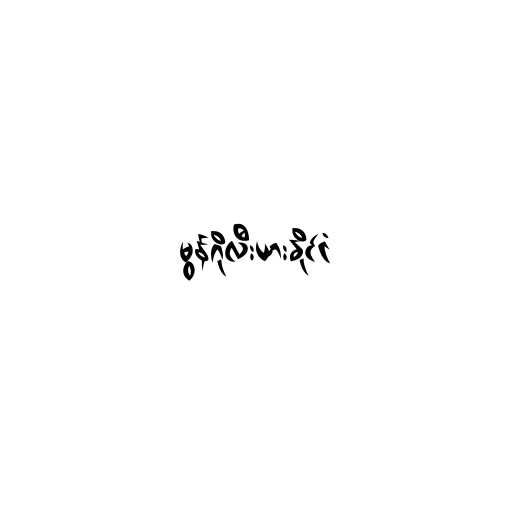
မွန်ဂိုလီးယားနိုင်ငံ